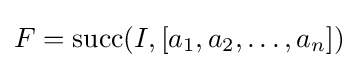
F=\operatorname {succ} (I,[a_{1},a_{2},\ldots ,a_{n}])